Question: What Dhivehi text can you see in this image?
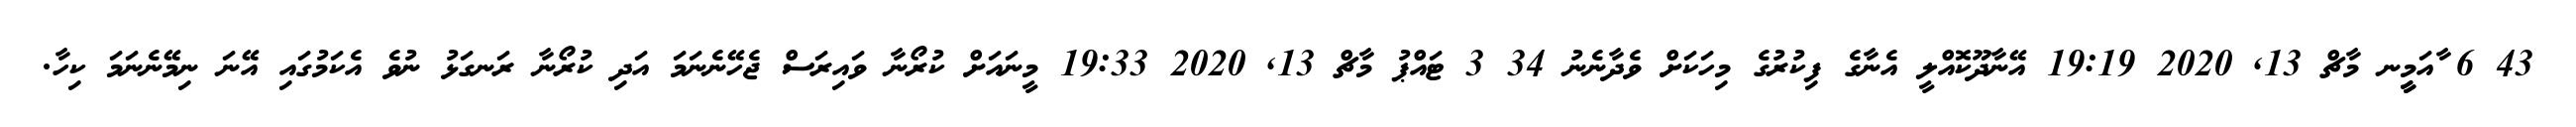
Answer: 43 6 ާއަމީީނ މާޗް 13, 2020 19:19 އޭނާދޫކޮއްލީ އެނާގެ ފިކުރުގެ މިހަކަށް ވެދާނެނު 34 3 ޓައްޕު މާޗް 13, 2020 19:33 މީނައަށް ކުރޯނާ ވައިރަސް ޖެހޭނެނަމަ އަދި ކުރޯނާ ރަނގަޅު ނުވެ އެކަމުގައި އޭނަ ނިމޭނެނަމަ ކިހާ.